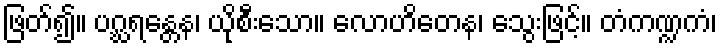
ဖြတ်၍။ ပဂ္ဃရန္တေန၊ ယိုစီးသော။ လောဟိတေန၊ သွေးဖြင့်။ တံကဏ္ဍကံ၊